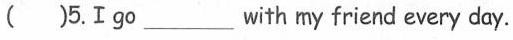
##( )5.Ⅰ 9o___with my friend every day. ##